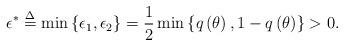
LaTeX: \begin{align*} {\epsilon ^*} \buildrel \Delta \over = \min \left\{ {{\epsilon _1},{\epsilon _2}} \right\} = \frac{1}{2}\min \left\{ {q\left( \theta \right),1 - q\left( \theta \right)} \right\} >0.\end{align*}